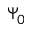
\Psi _ { 0 }